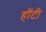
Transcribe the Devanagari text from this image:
हॉटी